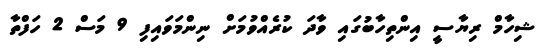
ޝިހާމް ރިޔާސީ އިންތިހާބުގައި ވާދަ ކުރެއްވުމަށް ނިންމަވައިފި 9 މަސް 2 ހަފްތާ